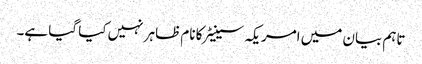
تاہم بیان میں امریکہ سینیٹر کا نام ظاہر نہیں کیا گیا ہے۔